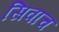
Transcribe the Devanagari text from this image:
सिवाच